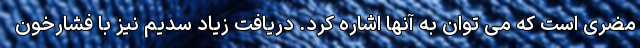
مضری است که می توان به آنها اشاره کرد. دریافت زیاد سدیم نیز با فشارخون